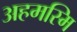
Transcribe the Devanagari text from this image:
अहमस्मि